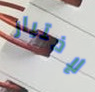
لإختيار